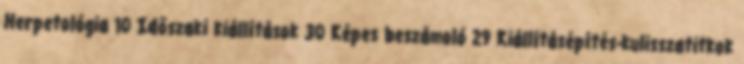
Herpetológia 10 Időszaki kiállítások 30 Képes beszámoló 29 Kiállításépítés-kulisszatitkok